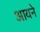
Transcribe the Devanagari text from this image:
आयने